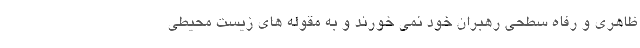
ظاهري و رفاه سطحي رهبران خود نمي خورند و به مقوله هاي زيست محيطي